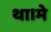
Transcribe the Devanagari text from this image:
था।मे